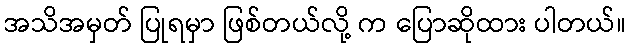
အသိအမှတ် ပြုရမှာ ဖြစ်တယ်လို့ က ပြောဆိုထား ပါတယ်။